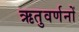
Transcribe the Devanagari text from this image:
ऋतुवर्णनों